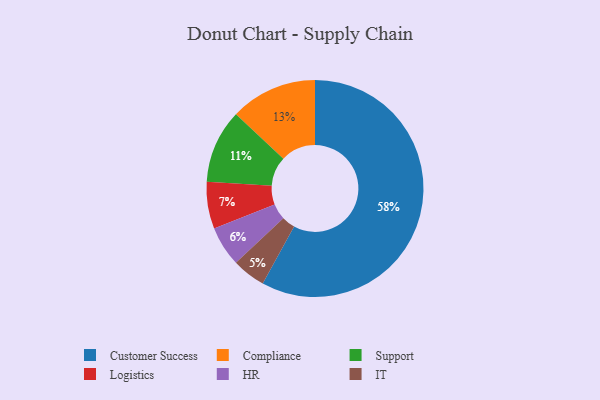
{"axis": {"x": "Category", "y": "Percentage"}, "legend": ["Compliance", "Customer Success", "HR", "IT", "Logistics", "Support"], "data": [{"x": "Logistics", "y": 7, "type": "Logistics"}, {"x": "Customer Success", "y": 58, "type": "Customer Success"}, {"x": "Support", "y": 11, "type": "Support"}, {"x": "IT", "y": 5, "type": "IT"}, {"x": "Compliance", "y": 13, "type": "Compliance"}, {"x": "HR", "y": 6, "type": "HR"}]}